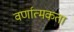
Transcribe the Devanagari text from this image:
वर्णात्मकता